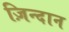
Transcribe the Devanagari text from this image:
ज़िन्दान